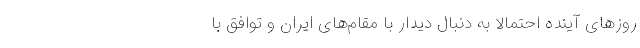
روزهای آینده احتمالاً به دنبال دیدار با مقام‌های ایران و توافق با